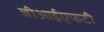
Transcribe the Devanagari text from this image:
जीआईएफटी